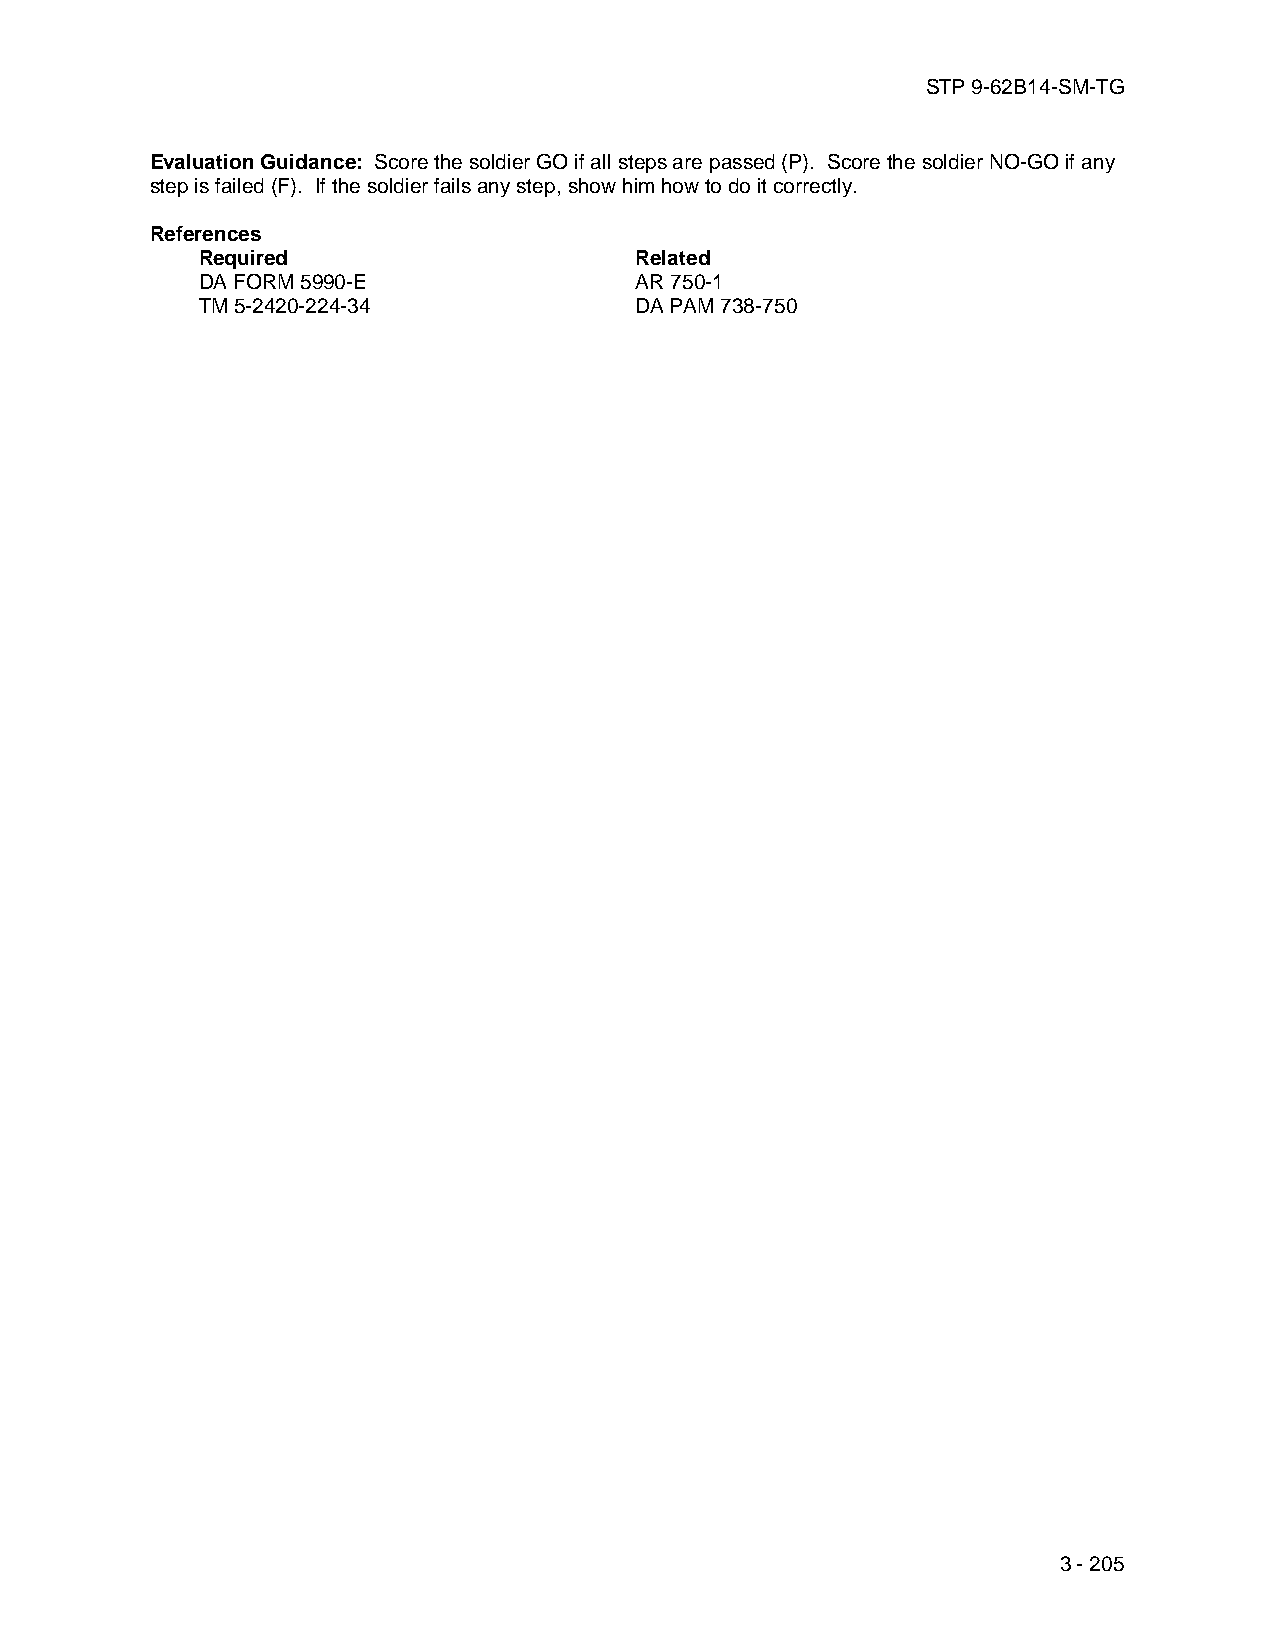
STP 9-62B14-SM-TG
 Evaluation Guidance: Score the soldier GO if all steps are passed (P). Score the soldier NO-GO if any
 step is failed (F). If the soldier fails any step, show him how to do it correctly.
 References
 Required                     Related
 DA FORM 5990-E               AR 750-1
 TM 5-2420-224-34             DA PAM 738-750
 3 - 205